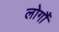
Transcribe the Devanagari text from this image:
लोगौं